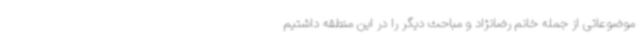
موضوعاتی از جمله خانم رضانژاد و مباحث دیگر را در این منطقه داشتیم